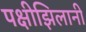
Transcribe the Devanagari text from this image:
पक्षीझिलानी